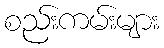
စည်းကမ်းများ